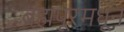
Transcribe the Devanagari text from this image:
ब्रह्मपूरमधून